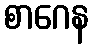
စာဂေန